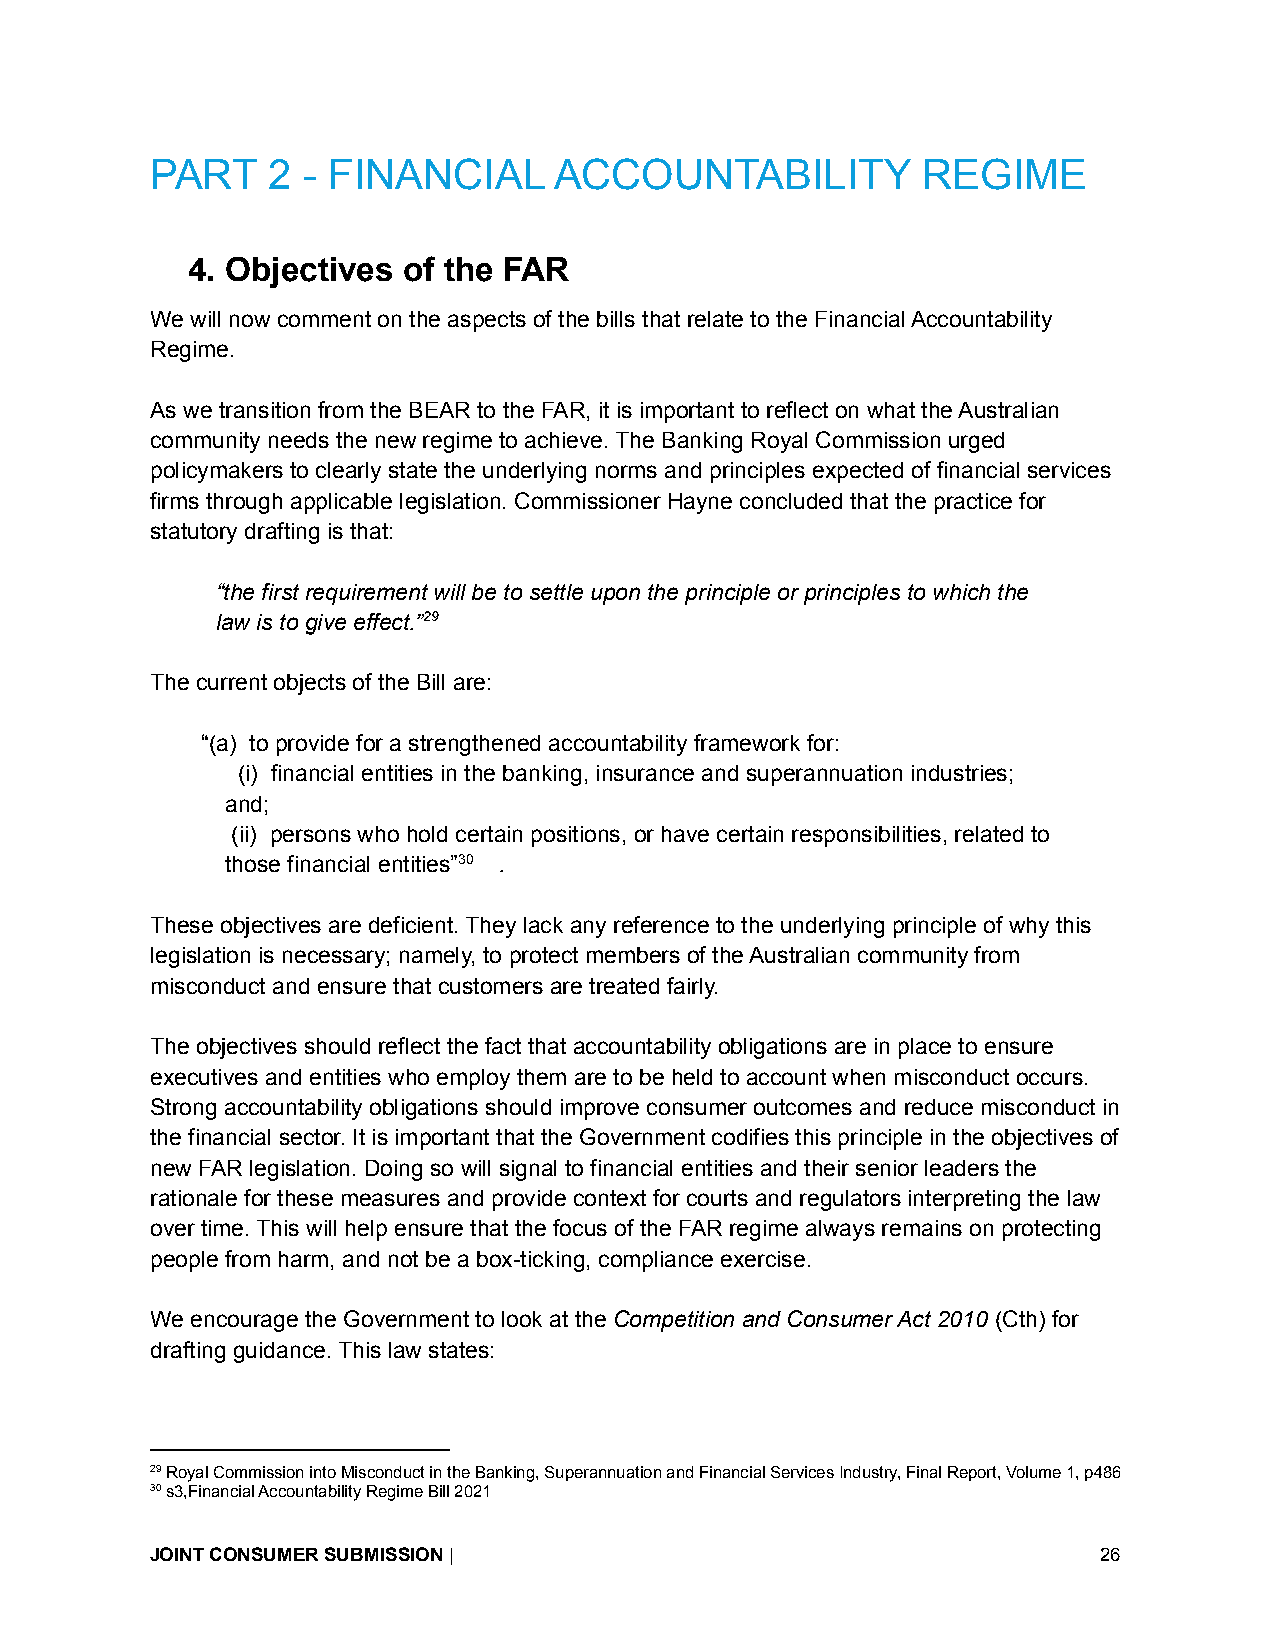
PART    2 - FINANCIAL      ACCOUNTABILITY          REGIME
 4. Objectives  of the FAR
 We will now comment on the aspects of the bills that relate to the Financial Accountability
 Regime.
 As we transition from the BEAR to the FAR, it is important to reflect on what the Australian
 community needs the new regime to achieve. The Banking Royal Commission urged
 policymakers to clearly state the underlying norms and principles expected of financial services
 firms through applicable legislation. Commissioner Hayne concluded that the practice for
 statutory drafting is that:
 “the first requirement will be to settle upon the principle or principles to which the
 law is to give effect.”29
 The current objects of the Bill are:
 “(a) to provide for a strengthened accountability framework for:
 (i) financial entities in the banking, insurance and superannuation industries;
 and;
 (ii) persons who hold certain positions, or have certain responsibilities, related to
 those financial entities”30 .
 These objectives are deficient. They lack any reference to the underlying principle of why this
 legislation is necessary; namely, to protect members of the Australian community from
 misconduct and ensure that customers are treated fairly.
 The objectives should reflect the fact that accountability obligations are in place to ensure
 executives and entities who employ them are to be held to account when misconduct occurs.
 Strong accountability obligations should improve consumer outcomes and reduce misconduct in
 the financial sector. It is important that the Government codifies this principle in the objectives of
 new FAR legislation. Doing so will signal to financial entities and their senior leaders the
 rationale for these measures and provide context for courts and regulators interpreting the law
 over time. This will help ensure that the focus of the FAR regime always remains on protecting
 people from harm, and not be a box-ticking, compliance exercise.
 We encourage the Government to look at the Competition and Consumer Act 2010 (Cth) for
 drafting guidance. This law states:
 29Royal Commission into Misconduct in the Banking, Superannuation and Financial Services Industry, Final Report, Volume 1, p486
 30s3,Financial Accountability Regime Bill 2021
 JOINT CONSUMER SUBMISSION|                                     26